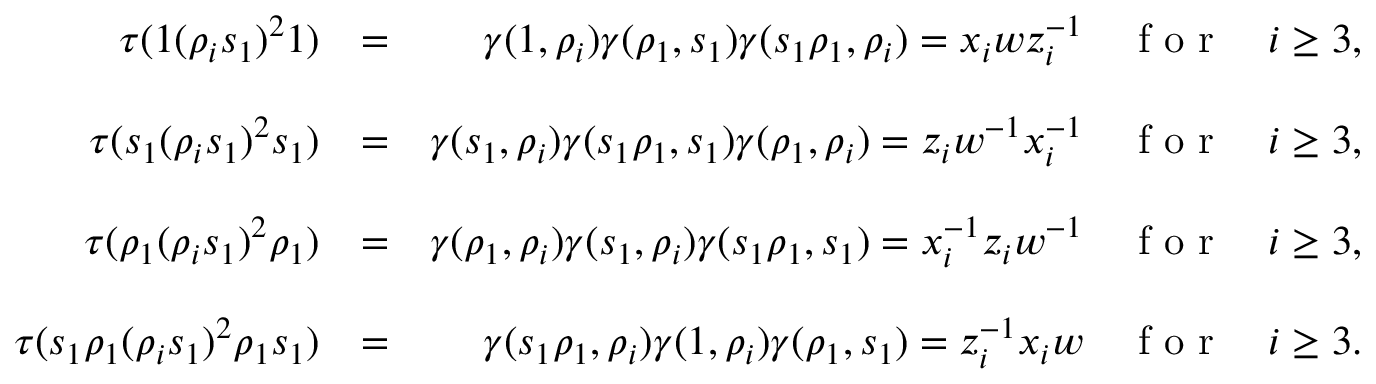
\begin{array} { r l r } { \tau ( 1 ( \rho _ { i } s _ { 1 } ) ^ { 2 } 1 ) } & { = } & { \gamma ( 1 , \rho _ { i } ) \gamma ( \rho _ { 1 } , s _ { 1 } ) \gamma ( s _ { 1 } \rho _ { 1 } , \rho _ { i } ) = x _ { i } w z _ { i } ^ { - 1 } \quad \textrm { f o r } \quad i \geq 3 , } \\ & { } & \\ { \tau ( s _ { 1 } ( \rho _ { i } s _ { 1 } ) ^ { 2 } s _ { 1 } ) } & { = } & { \gamma ( s _ { 1 } , \rho _ { i } ) \gamma ( s _ { 1 } \rho _ { 1 } , s _ { 1 } ) \gamma ( \rho _ { 1 } , \rho _ { i } ) = z _ { i } w ^ { - 1 } x _ { i } ^ { - 1 } \quad \textrm { f o r } \quad i \geq 3 , } \\ & { } & \\ { \tau ( \rho _ { 1 } ( \rho _ { i } s _ { 1 } ) ^ { 2 } \rho _ { 1 } ) } & { = } & { \gamma ( \rho _ { 1 } , \rho _ { i } ) \gamma ( s _ { 1 } , \rho _ { i } ) \gamma ( s _ { 1 } \rho _ { 1 } , s _ { 1 } ) = x _ { i } ^ { - 1 } z _ { i } w ^ { - 1 } \quad \textrm { f o r } \quad i \geq 3 , } \\ & { } & \\ { \tau ( s _ { 1 } \rho _ { 1 } ( \rho _ { i } s _ { 1 } ) ^ { 2 } \rho _ { 1 } s _ { 1 } ) } & { = } & { \gamma ( s _ { 1 } \rho _ { 1 } , \rho _ { i } ) \gamma ( 1 , \rho _ { i } ) \gamma ( \rho _ { 1 } , s _ { 1 } ) = z _ { i } ^ { - 1 } x _ { i } w \quad \textrm { f o r } \quad i \geq 3 . } \end{array}